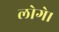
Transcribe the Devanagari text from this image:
लोगे।